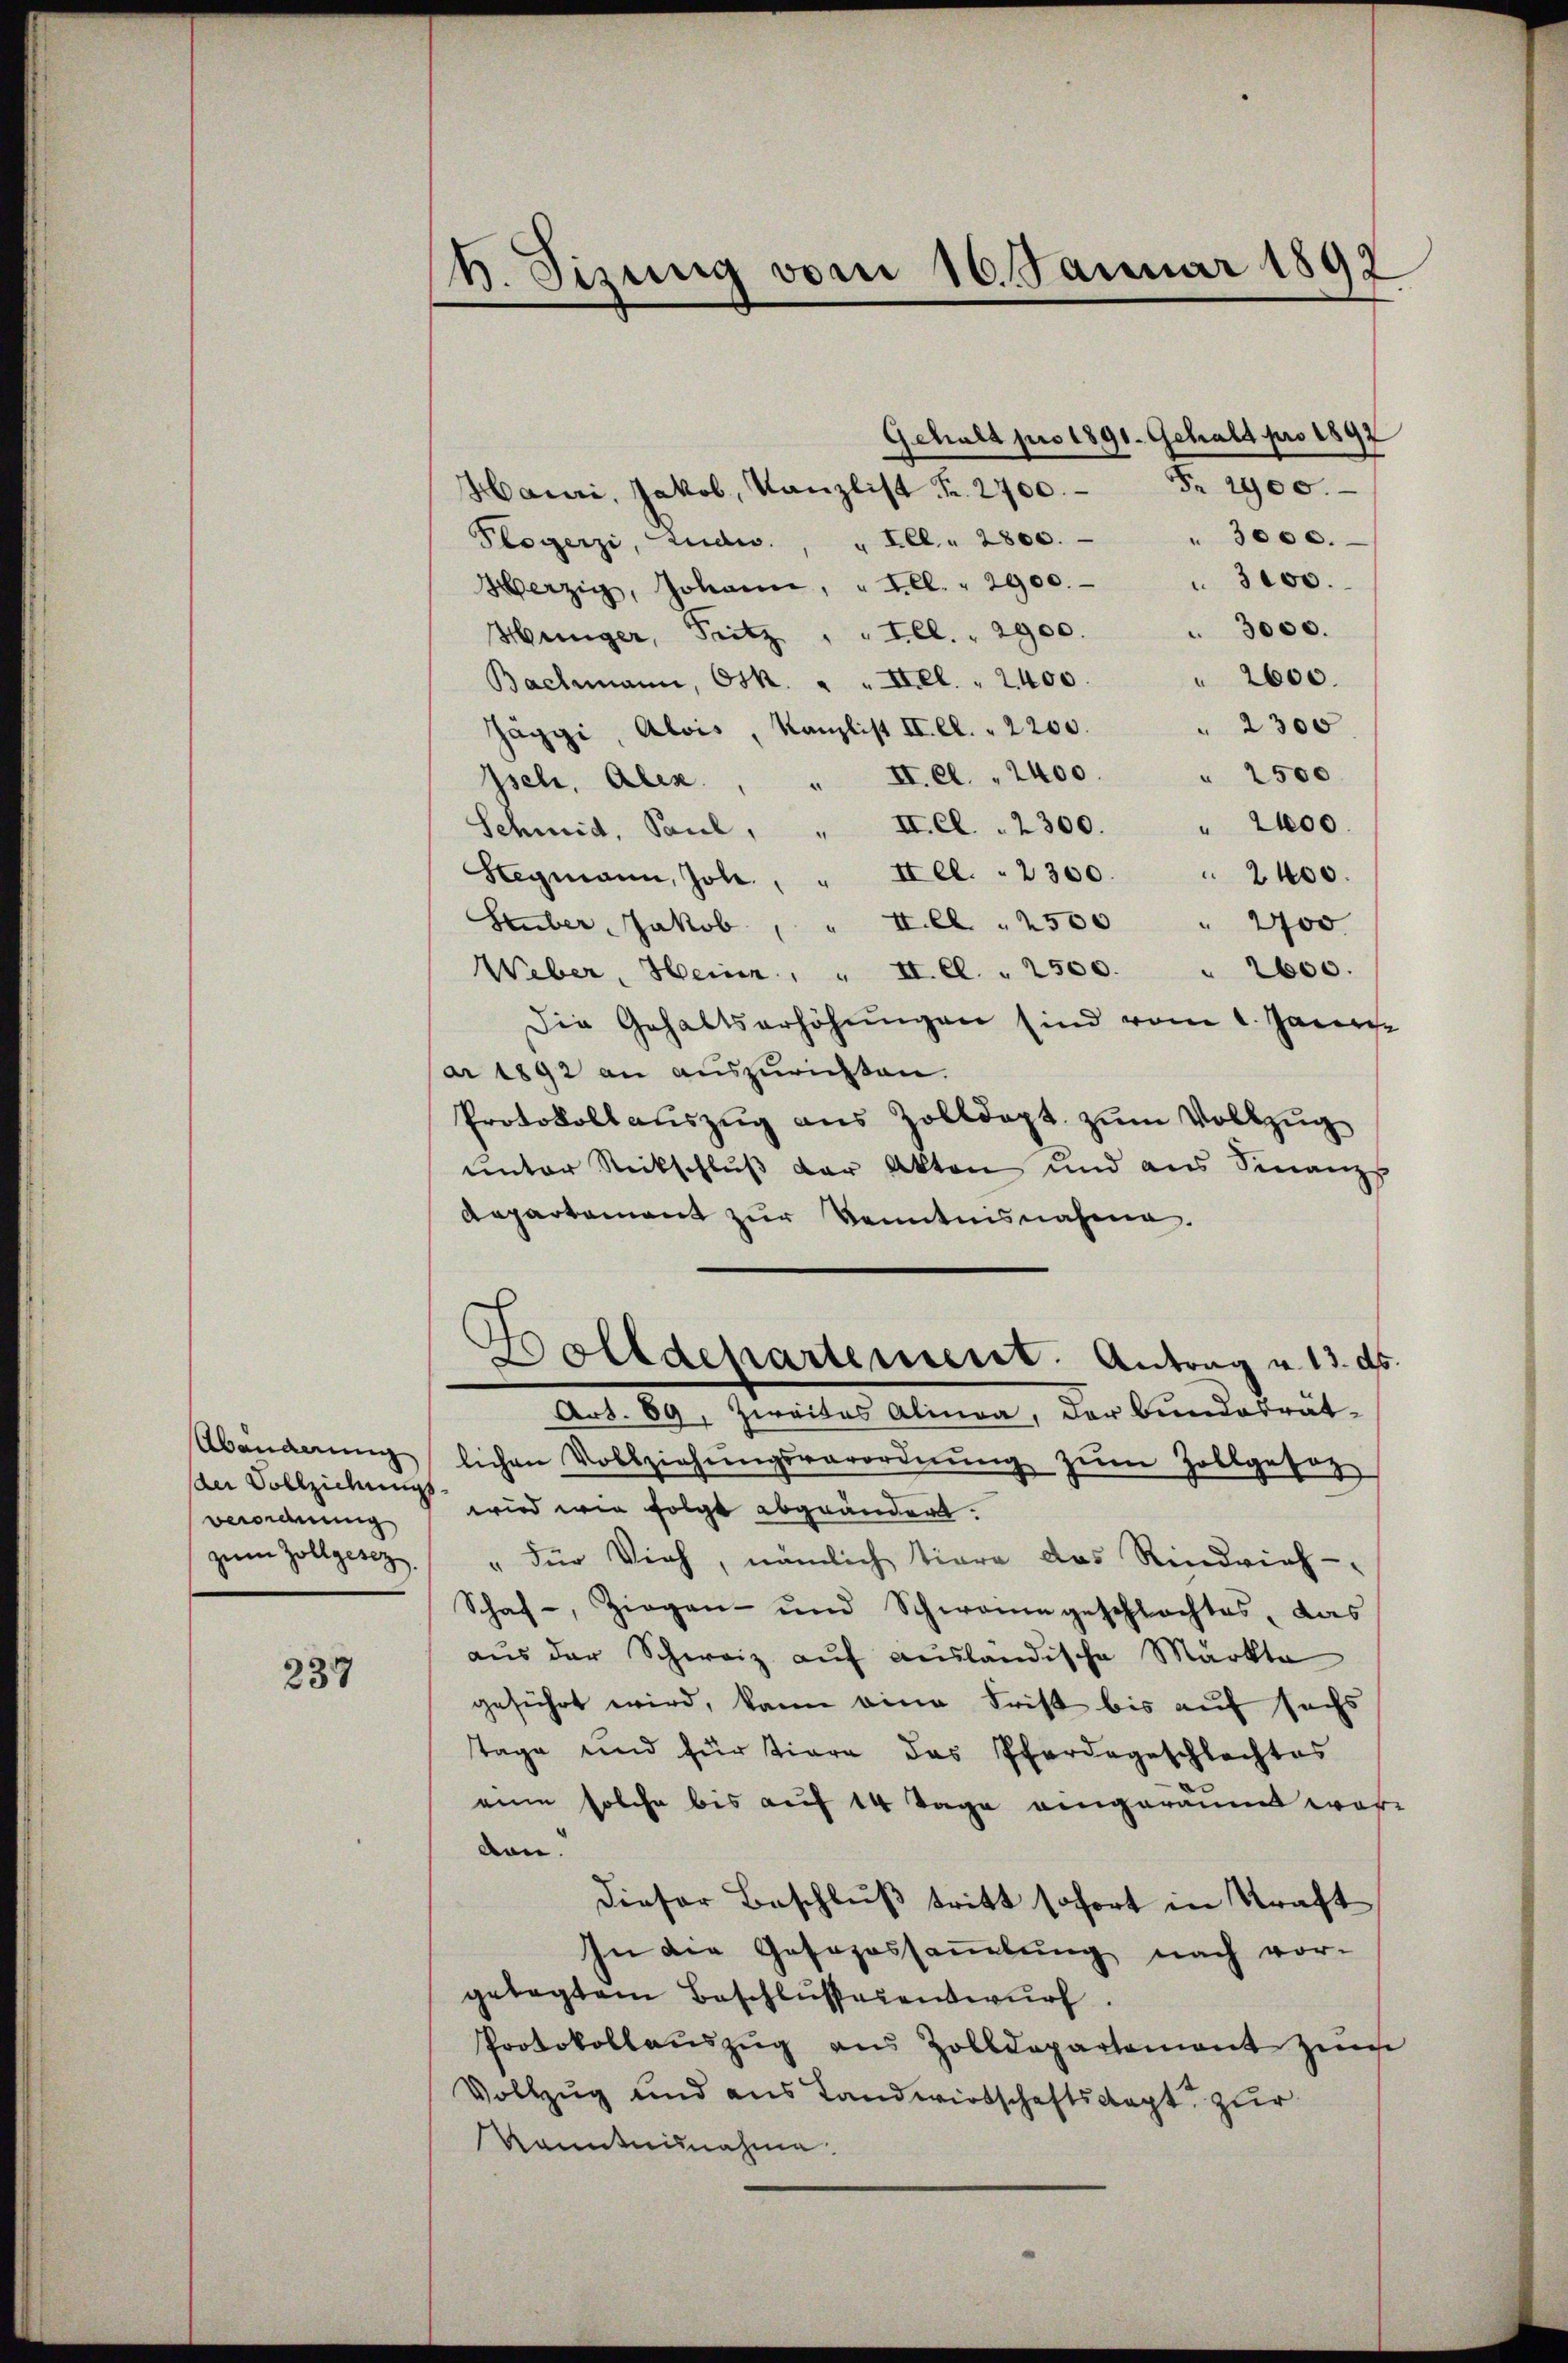
der Vollziehungs
verordnung
zum Zollgesez

237

b. Tizung vom 16. Januar 1892

Fr. 2900.
Hauri, Jakob, Kanzlist Fr. 2700.
" 3000.
Plogerzi, Ludw. " Ill. " 2800.
3100.
Herzig, Johann, "Fll. " 2900.
" 3000.
Fel.  2900.
Hünger, Pritz
2600.
Bachmann, Osk. " " Hel " 2400
" 2300
Jäggi, Alois, Kanzlist II. Cl. . 2200.
II. e. " 2400 " 2500.
Jsch, Alex
Schmid, Paul, " II. Cl. . 2300. " 2400.
Stegmann, Joh. " Kel. . 2300. " 2400.
Heuber Jakob, " Ill. " 2500 " 2700.
Weber, Heinr. " II. Cl. . 2500. " 2600.
Die Gehaltserhöhŭngen sind vom 2. Janu
ar 1892 an auszurichten.
Protokoll aŭszŭg ans Zolldept zŭm Vollzug
unter Rückschluß der Akten und aus Sinanz
departement zur Kenntnisnahme.
Bolldepartement. Antrag u. 13. ds.
Art. 89, Zweites Alinea, der Bundesrät-
Abenderŭng lichen Vollziehŭngsverordnŭng zŭm Zollgeset
wird wie folgt abgeändert.
" für Vieh, nämlich tiere das Rindvieh-
Schaf-, Ziegen- und Schweine geschlachtes, das
aus der Schweiz auf ausländische Märkte
geführt wird, kann eine Frist bis auf sechs
Tage und für tiere das Pferdegeschlachtes
eine solche bis auf 14 Tage eingeräumt war
don.
Dieser Beschluß tritt sofort in Kraft
In die Gesezessammlung nach vor-
gelegtem Beschlussesentwurf.
Protokollaŭszŭg aŭs Zolldepartement zŭs
Vollzug und aus Landwirtschaftskapt zur
kanntnisnahme.

Gehalt pro 1891. Gehalt pro 1892